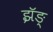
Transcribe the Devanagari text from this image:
झॅङ्